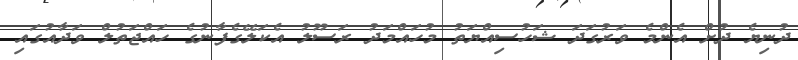
ދުނިޔެ ދުށް އެންމެ ވަރުގަދަ ޝަހުސިއްޔަތު މުހައްމަދު ރަސޫލު އެކަލޭގެފާނުގެ ހައްޖަތުލް ވަދާއުގައި